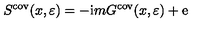
S ^ { \mathrm { c o v } } ( x , \varepsilon ) = - \mathrm { i } m G ^ { \mathrm { c o v } } ( x , \varepsilon ) + \mathrm { e }